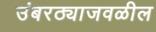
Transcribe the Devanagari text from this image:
उंबरठ्याजवळील